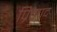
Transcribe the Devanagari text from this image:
प्रितपद